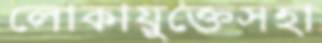
লোকায়ুক্তেসহা